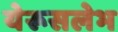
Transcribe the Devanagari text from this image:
येरूसलेभ